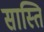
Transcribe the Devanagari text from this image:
सास्ति